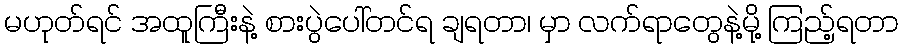
မဟုတ်ရင် အထူကြီးနဲ့ စားပွဲပေါ်တင်ရ ချရတာ၊ မှာ လက်ရာတွေနဲ့မို့ ကြည့်ရတာ